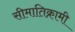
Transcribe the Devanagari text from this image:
सीमातिक्रामी